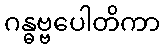
ဂန္ဓဗ္ဗပေါတိကာ